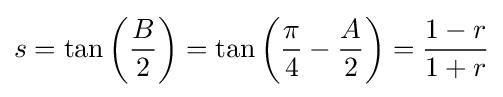
s=\tan \left({\frac {B}{2}}\right)=\tan \left({\frac {\pi }{4}}-{\frac {A}{2}}\right)={\frac {1-r}{1+r}}